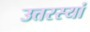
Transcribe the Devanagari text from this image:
उत्तरस्यां